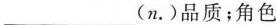
___(n.)品质；角色